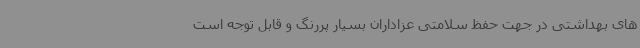
های بهداشتی در جهت حفظ سلامتی عزاداران بسیار پررنگ و قابل توجه است